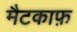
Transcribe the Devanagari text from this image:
मैटकाफ़